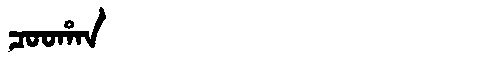
Manchu: ᠴᠣᠣᡥᠠᠨ
Romanization: COOHAN